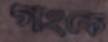
গংকে